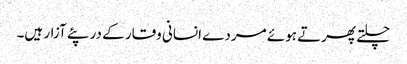
چلتے پھرتے ہوئے مردے انسانی وقار کے در پئے آزار ہیں۔